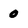
Character: 0